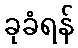
ခုခံရန်